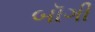
બૉગી